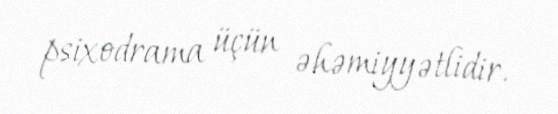
psixodrama üçün əhəmiyyətlidir.